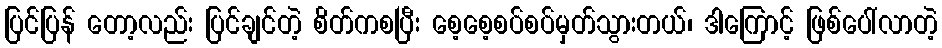
ပြင်ပြန် တော့လည်း ပြင်ချင်တဲ့ စိတ်ကစပြီး စေ့စေ့စပ်စပ်မှတ်သွားတယ်၊ ဒါကြောင့် ဖြစ်ပေါ်လာတဲ့